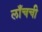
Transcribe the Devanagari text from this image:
लाँचची